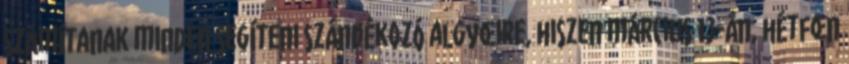
számítanak minden segíteni szándékozó algyœire, hiszen március 13-án, hétfœn